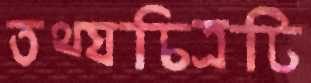
তথ্যচিত্রটি